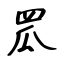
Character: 罛